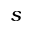
s